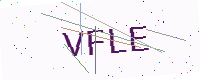
Text: VFLE